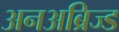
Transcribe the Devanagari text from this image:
अनअब्रिज्ड